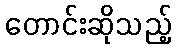
တောင်းဆိုသည့်